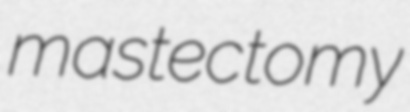
mastectomy